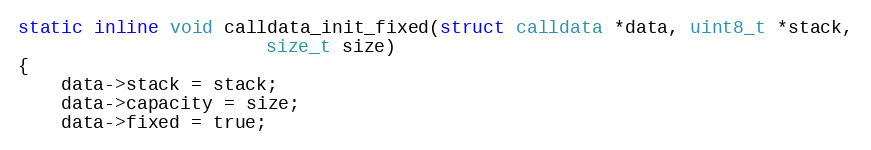
Language: C
static inline void calldata_init_fixed(struct calldata *data, uint8_t *stack,
				       size_t size)
{
	data->stack = stack;
	data->capacity = size;
	data->fixed = true;